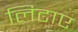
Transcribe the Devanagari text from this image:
लिटाए